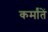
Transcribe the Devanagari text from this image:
कर्मांतें